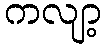
ကလျာ့